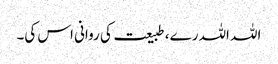
اللہ اللہ رے، طبیعت کی روانی اس کی۔